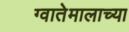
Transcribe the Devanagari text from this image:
ग्वातेमालाच्या